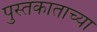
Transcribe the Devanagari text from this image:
पुस्तकाताच्या